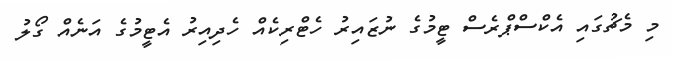
މި މެޗުގައި އެކްސްޕްރެސް ޓީމުގެ ނުޒައިރު ހެޓްރިކެއް ހެދިއިރު އެޓީމުގެ އަނެއް ގޯލު